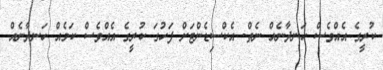
ކުރީގެ އެއްވެސް ހަނދާނެއް ނެތް. އެކްސިޑެންޓަށް ފަހުގަ ކުރީގެ އެއްވެސް ކަމެއް ހަނދާނެއް